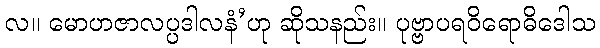
လ။ မောဟဇာလပ္ပဒါလနံ’ဟု ဆိုသနည်း။ ပုဗ္ဗာပရဝိရောဓိဒေါသ